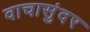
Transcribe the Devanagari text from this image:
वाचासुंदर